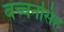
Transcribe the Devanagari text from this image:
बच्चनसिंह